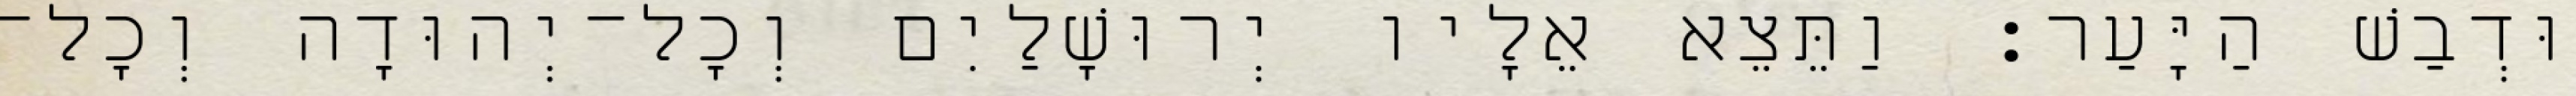
וּדְבַשׁ הַיָּעַר׃ וַתֵּצֵא אֵלָיו יְרוּשָׁלַיִם וְכָל־יְהוּדָה וְכָל־